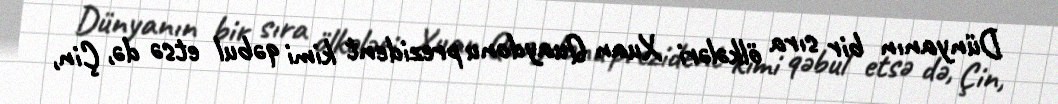
Dünyanın bir sıra ölkələri Xuan Quaydonu prezident kimi qəbul etsə də, Çin,